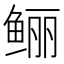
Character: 鲡